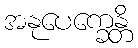
အနုပေက္ခေန္တိ